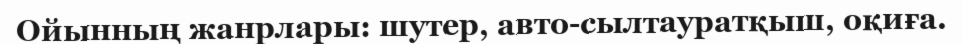
Ойынның жанрлары: шутер, авто-сылтауратқыш, оқиға.